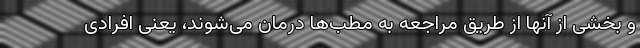
و بخشی از آنها از طریق مراجعه به مطب‌ها درمان می‌شوند، یعنی افرادی